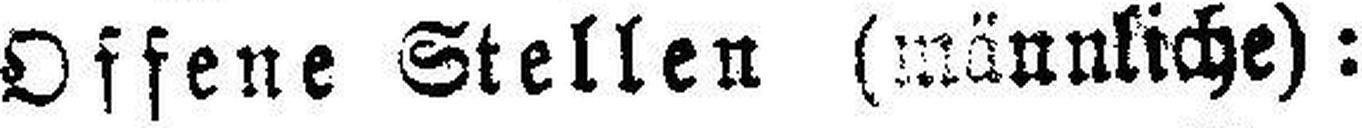
Offene Stellen (männliche):